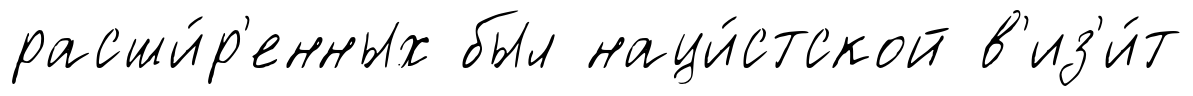
расши́р'енных был наци́стской в'из'и́т